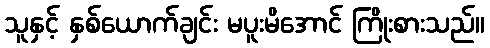
သူနှင့် နှစ်ယောက်ချင်း မပူးမိအောင် ကြိုးစားသည်။